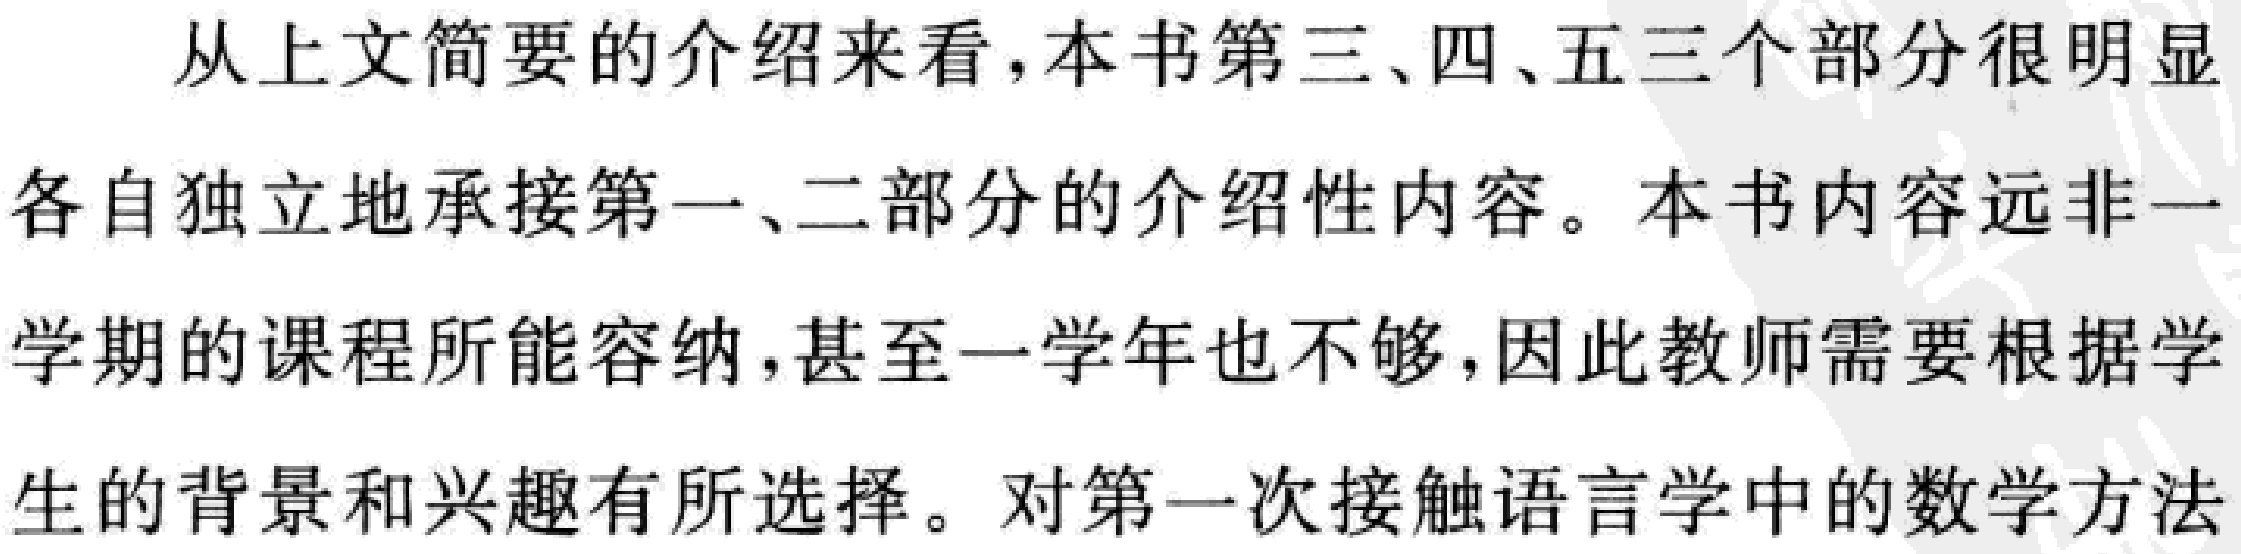
从上下文简要的介绍来看，本书第三、四、五三个部分很明显各自独立地承接第一、二部分的介绍性内容。本书内容远非一学期的课程所能容纳，甚至一学年也不够，因此教师需要根据学生的背景和兴趣有所选择。对第一次接触语言学中的数学方法